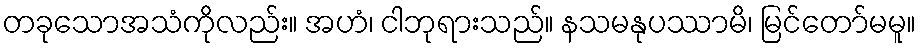
တခုသောအသံကိုလည်း။ အဟံ၊ ငါဘုရားသည်။ နသမနုပဿာမိ၊ မြင်တော်မမူ။